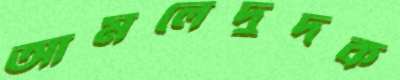
আমলেদুদক